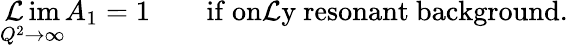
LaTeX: \operatorname*{\mathcal{L}im}_{Q^{2}\rightarrow\infty}A_{1}=1\qquad\mathrm{{if\ on\mathcal{L}y\ resonant\ background}}.